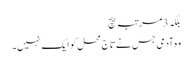
بلکہ 3مرتبہ بیچ
وہ آدمی جس نے تاج محل کو ایک نہیں۔